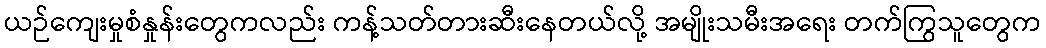
ယဉ်ကျေးမှုစံနှုန်းတွေကလည်း ကန့်သတ်တားဆီးနေတယ်လို့ အမျိုးသမီးအရေး တက်ကြွသူတွေက